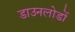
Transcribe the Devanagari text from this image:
डाउनलोडों